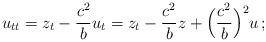
LaTeX: \begin{align*}u_{tt}=z_t-\frac{c^2}{b} u_t=z_t-\frac{c^2}{b} z+\Big(\frac{c^2}{b}\Big)^2 u\,;\end{align*}